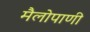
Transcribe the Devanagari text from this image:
मैलोपाणी